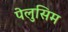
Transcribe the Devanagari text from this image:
पेलुसिम